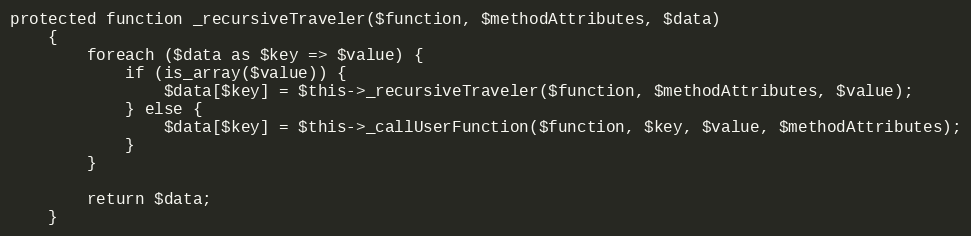
Language: PHP
protected function _recursiveTraveler($function, $methodAttributes, $data)
    {
        foreach ($data as $key => $value) {
            if (is_array($value)) {
                $data[$key] = $this->_recursiveTraveler($function, $methodAttributes, $value);
            } else {
                $data[$key] = $this->_callUserFunction($function, $key, $value, $methodAttributes);
            }
        }

        return $data;
    }